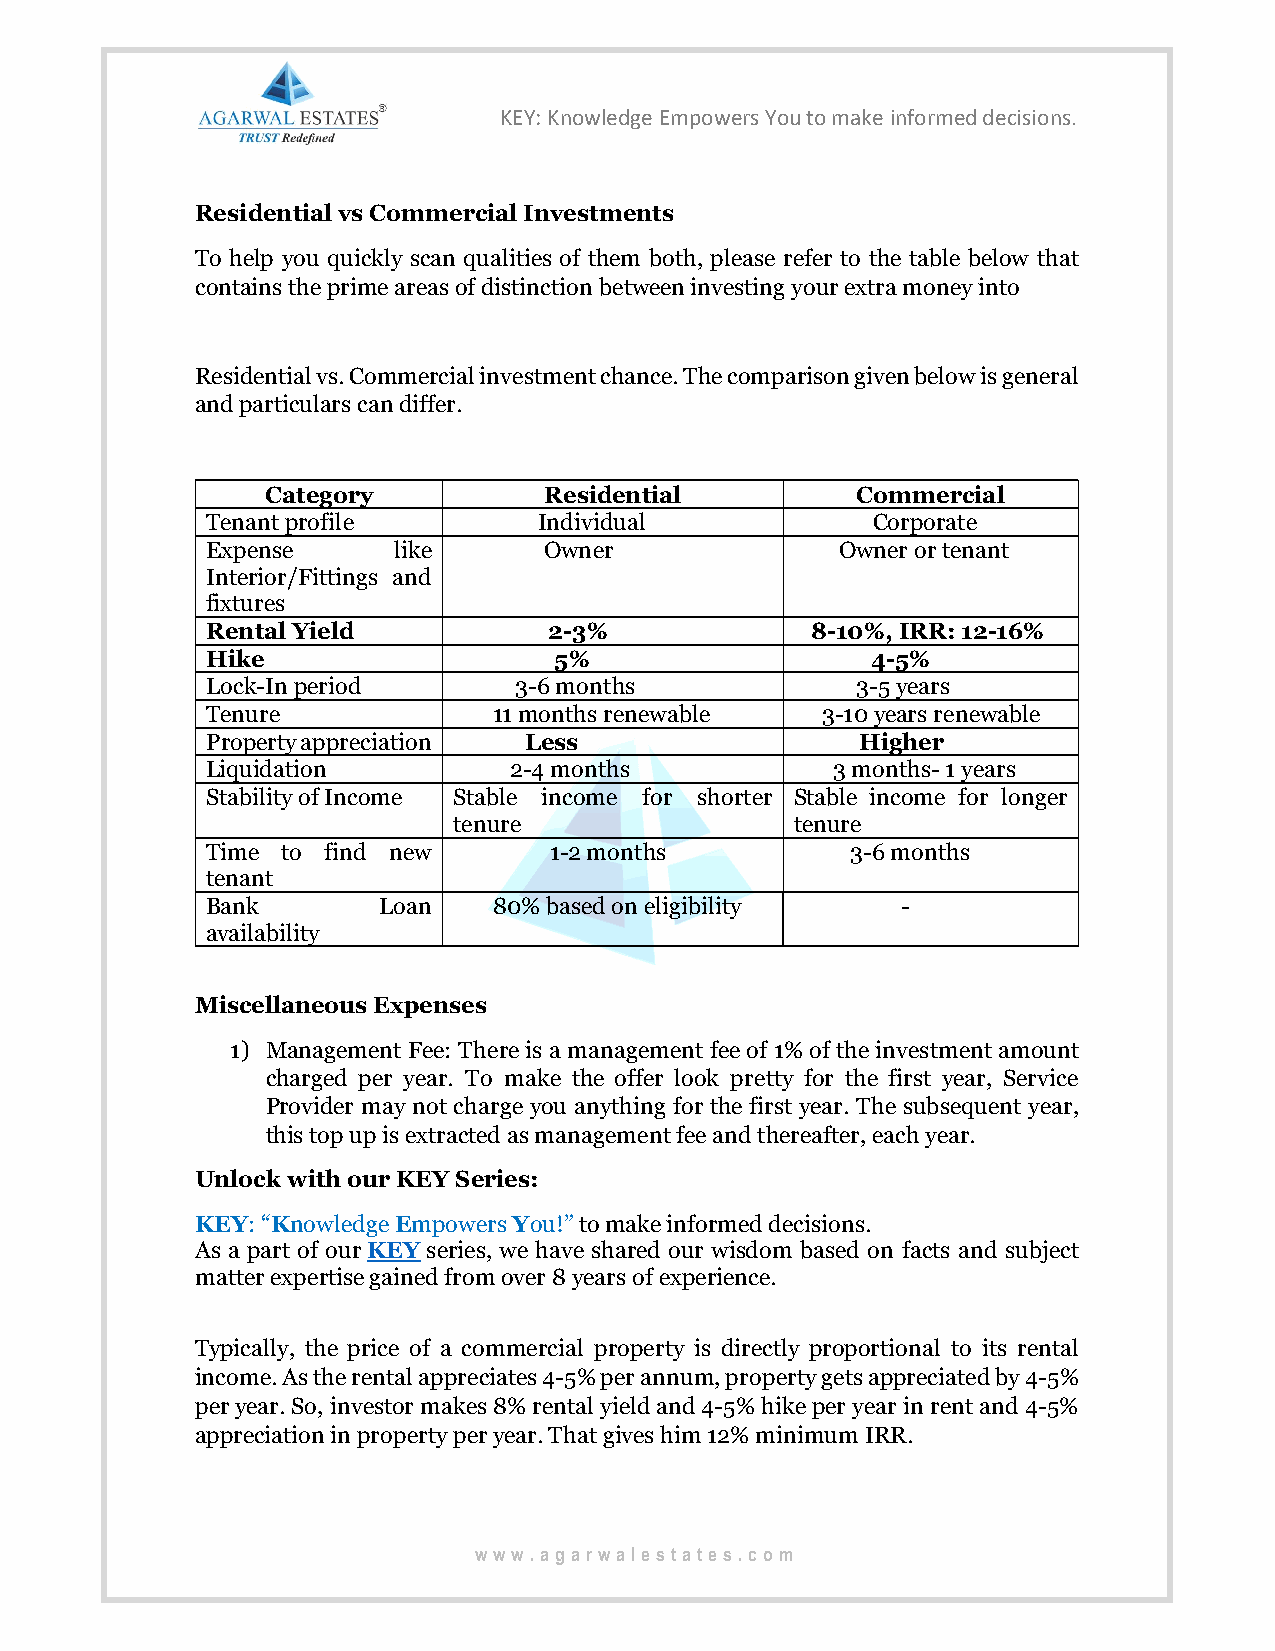
KEY: Knowledge Empowers You to make informed decisions.
 Residential vs Commercial Investments
 To help you quickly scan qualities of them both, please refer to the table below that
 contains the prime areas of distinction between investing your extra money into
 Residential vs. Commercial investment chance. The comparison given below is general
 and particulars can differ.
 Category          Residential          Commercial
 Tenant profile        Individual            Corporate
 Expense     like      Owner               Owner or tenant
 Interior/Fittings and
 fixtures
 Rental Yield          2-3%              8-10%, IRR: 12-16%
 Hike                   5%                   4-5%
 Lock-In period      3-6 months             3-5 years
 Tenure             11 months renewable  3-10 years renewable
 Property appreciation Less                 Higher
 Liquidation         2-4 months           3 months- 1 years
 Stability of Income Stable income for shorter Stable income for longer
 tenure                 tenure
 Time to find new      1-2 months          3-6 months
 tenant
 Bank       Loan    80% based on eligibility   -
 availability
 Miscellaneous Expenses
 1) Management Fee: There is a management fee of 1% of the investment amount
 charged per year. To make the offer look pretty for the first year, Service
 Provider may not charge you anything for the first year. The subsequent year,
 this top up is extracted as management fee and thereafter, each year.
 Unlock with our KEY Series:
 KEY: “Knowledge Empowers You!” to make informed decisions.
 As a part of our KEY series, we have shared our wisdom based on facts and subject
 matter expertise gained from over 8 years of experience.
 Typically, the price of a commercial property is directly proportional to its rental
 income. As the rental appreciates 4-5% per annum, property gets appreciated by 4-5%
 per year. So, investor makes 8% rental yield and 4-5% hike per year in rent and 4-5%
 appreciation in property per year. That gives him 12% minimum IRR.
 www .agarwalestates.com